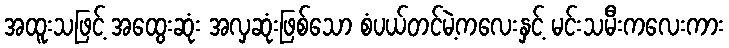
အထူးသဖြင့် အထွေးဆုံး အလှဆုံးဖြစ်သော စံပယ်တင်မဲ့ကလေးနှင့် မင်းသမီးကလေးကား